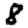
Digit: 8